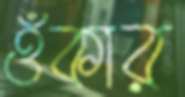
ওঁকার